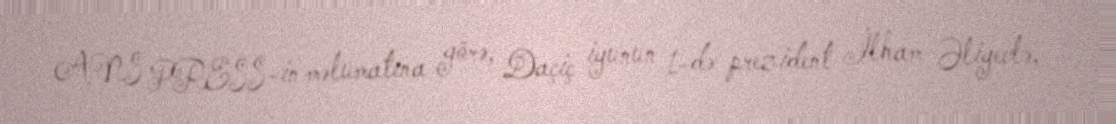
ANS PRESS-in məlumatına görə, Daçiç iyunun 1-də prezident İlham Əliyevlə,